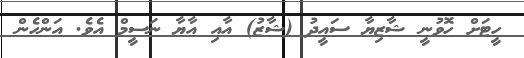
ހީޓަށް ހޮވުނީ ޝާޒިޔާ ސައީދު (ޝާޒު) އާއި އާޔާ ނަސީމް އެވެ. އަންހެން